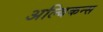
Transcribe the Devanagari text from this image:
अल्बिकन्स